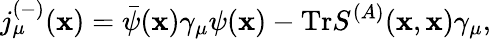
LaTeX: j_{\mu}^{(-)}(\mathbf{x})=\bar{{\psi}}(\mathbf{x})\gamma_{\mu}\psi(\mathbf{x})-\mathrm{{Tr}}S^{(A)}(\mathbf{x},\mathbf{x})\gamma_{\mu},